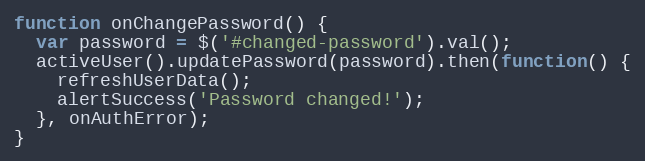
Language: JavaScript
function onChangePassword() {
  var password = $('#changed-password').val();
  activeUser().updatePassword(password).then(function() {
    refreshUserData();
    alertSuccess('Password changed!');
  }, onAuthError);
}